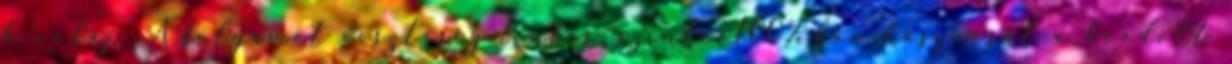
bioolaj. A folyamat veszteségmentes, szinte 100%-ban hasznosul a beadott